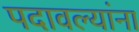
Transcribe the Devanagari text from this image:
पदावल्यांना